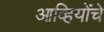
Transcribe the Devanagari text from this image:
आव्हियोंचे